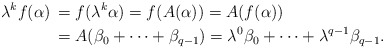
\begin{align*}\lambda^kf(\alpha)\,&=f(\lambda^k\alpha)=f(A(\alpha))=A(f(\alpha))\cr&=A(\beta_0+\cdots+\beta_{q-1})=\lambda^0\beta_0+\cdots+\lambda^{q-1}\beta_{q-1}.\end{align*}